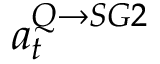
a _ { t } ^ { Q \rightarrow S G 2 }